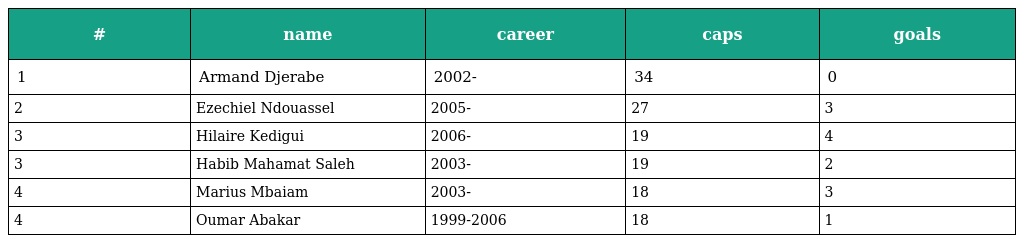
| # | name | career | caps | goals |
 | --- | --- | --- | --- | --- |
 | 1 | Armand Djerabe | 2002- | 34 | 0 |
 | 2 | Ezechiel Ndouassel | 2005- | 27 | 3 |
 | 3 | Hilaire Kedigui | 2006- | 19 | 4 |
 | 3 | Habib Mahamat Saleh | 2003- | 19 | 2 |
 | 4 | Marius Mbaiam | 2003- | 18 | 3 |
 | 4 | Oumar Abakar | 1999-2006 | 18 | 1 |